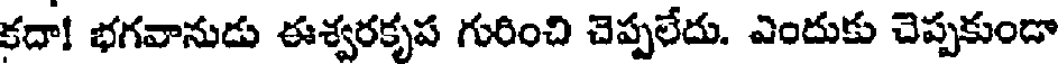
కదా! భగవానుడు ఈశ్వరకృప గురించి చెప్పలేదు. ఎందుకు చెప్పకుండా